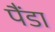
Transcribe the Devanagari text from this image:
पैंडा